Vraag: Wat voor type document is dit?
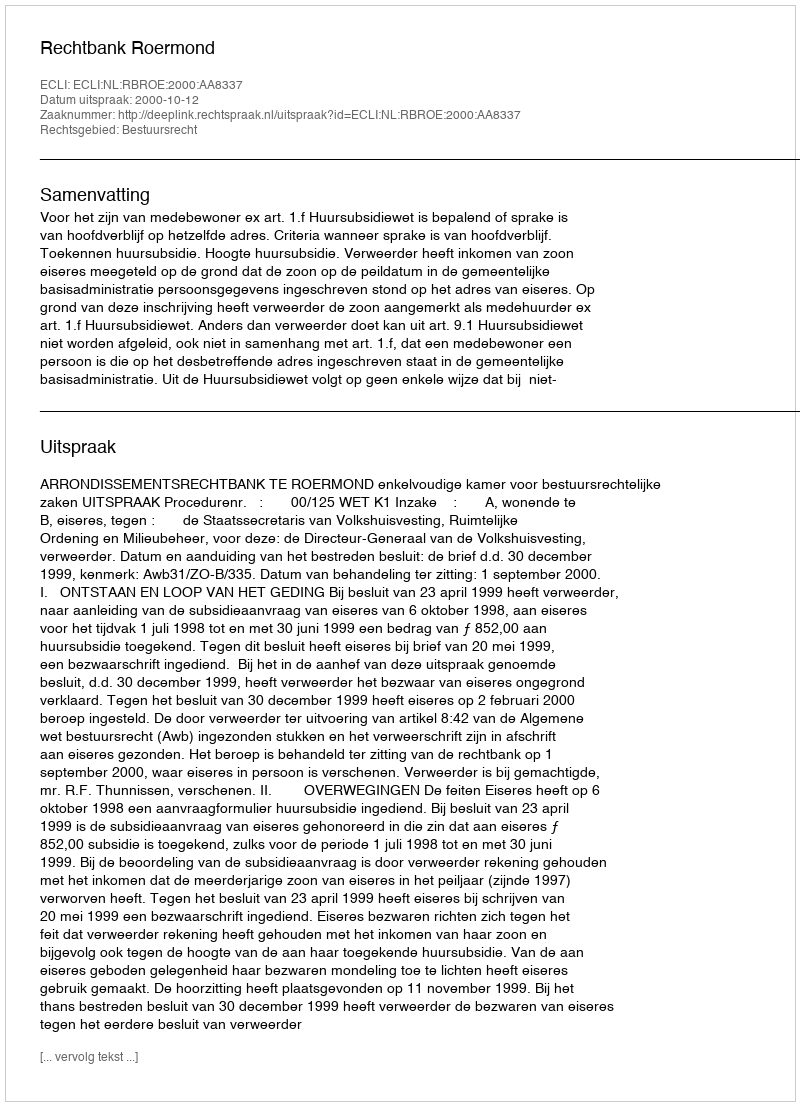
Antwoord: Uitspraak